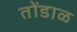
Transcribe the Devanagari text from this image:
तोंडाळ